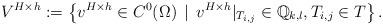
LaTeX: \begin{align*}V^{H\times h} := \left\{ v^{H \times h} \in C^{0}({\Omega}) \, \mid \, v^{H \times h}|_{T_{i,j}} \in \mathbb{Q}_{k,l}, T_{i,j} \in {T} \right\}.\end{align*}